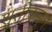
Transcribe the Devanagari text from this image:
श्रुतीकडून